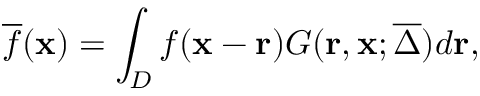
\overline { { f } } ( \mathbf { x } ) = \int _ { D } f ( \mathbf { x } - \mathbf { r } ) G ( \mathbf { r } , \mathbf { x } ; \overline { { \Delta } } ) d \mathbf { r } ,